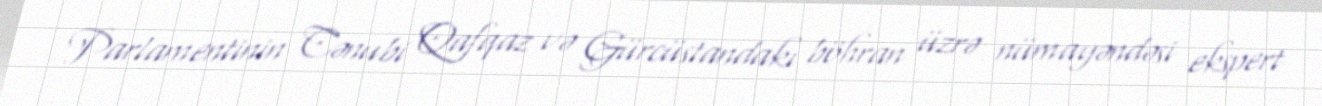
Parlamentinin Cənubi Qafqaz və Gürcüstandakı böhran üzrə nümayəndəsi ekspert